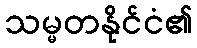
သမ္မတနိုင်ငံ၏